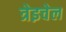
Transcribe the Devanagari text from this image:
त्रेइचेल